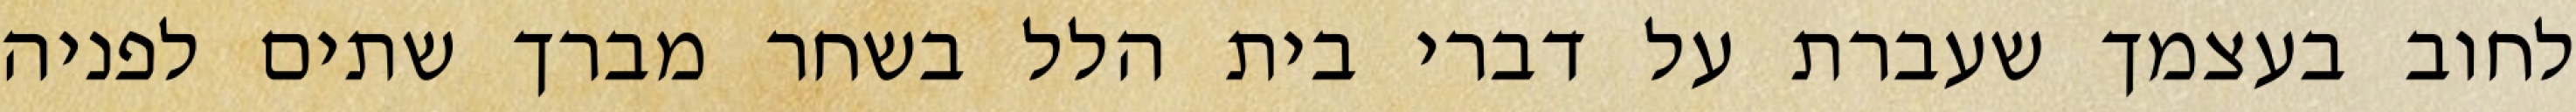
לחוב בעצמך שעברת על דברי בית הלל בשחר מברך שתים לפניה